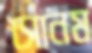
সোনম